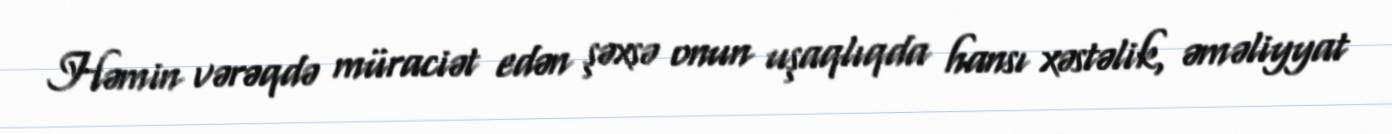
Həmin vərəqdə müraciət edən şəxsə onun uşaqlıqda hansı xəstəlik, əməliyyat